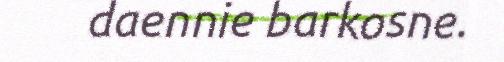
daennie barkosne.